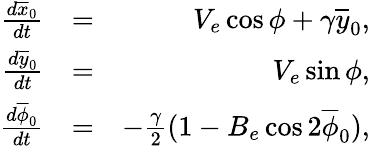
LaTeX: \begin{array}{rlr}{\frac{d\overline{{x}}_{0}}{dt}}&{=}&{V_{e}\cos\phi+\gamma\overline{{y}}_{0},}\\ {\frac{d\overline{{y}}_{0}}{dt}}&{=}&{V_{e}\sin\phi,}\\ {\frac{d\overline{{\phi}}_{0}}{dt}}&{=}&{-\frac{\gamma}{2}(1-B_{e}\cos 2\overline{{\phi}}_{0}),}\end{array}